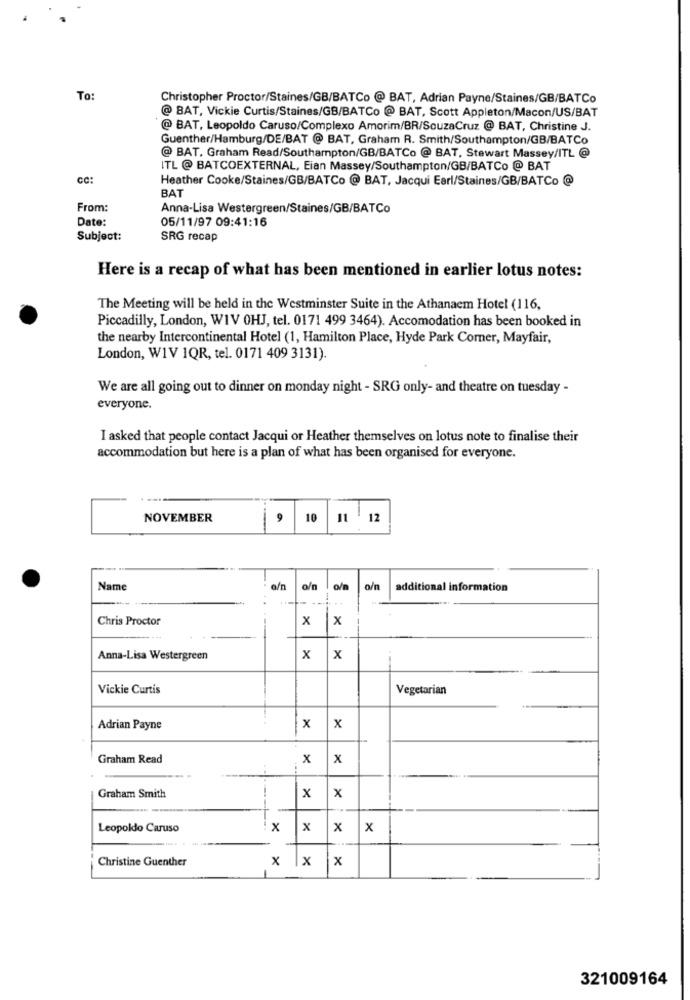
To:
Christopher Proctor/Staines/GB/BATCo @ BAT, Adrian Payne/Staines/GB/BATCo
@ BAT, Vickie Curtis/Staines/GB/BATCo @ BAT, Scott Appleton/Macon/US/BAT
@ BAT, Leopoldo Caruso/Complexo Amorim/BR/SouzaCruz @ BAT, Christine J.
Guenther/Hamburg/DE/BAT @ BAT, Graham R. Smith/Southampton/GB/BATCo
@ BAT, Graham Read/Southampton/GB/BATCo @ BAT, Stewart Massey/ITL @
ITL @ BATCOEXTERNAL, Eian Massey/Southampton/GB/BATCo @ BAT
CC:
Heather Cooke/Staines/GB/BATCo @ BAT, Jacqui Earl/Staines/GB/BATCo @
BAT
From:
Anna-Lisa Westergreen/Staines/GB/BATCo
Date:
05/11/97 09:41:16
Subject:
SRG recap
Here is a recap of what has been mentioned in earlier lotus notes:
The Meeting will be held in the Westminster Suite in the Athanaem Hotel (116,
Piccadilly, London, WIV OHJ, tel. 0171 499 3464). Accomodation has been booked in
the nearby Intercontinental Hotel (1, Hamilton Place, Hyde Park Comer, Mayfair,
London, W1V 1QR, tel. 0171 409 3131).
We are all going out to dinner on monday night - SRG only- and theatre on tuesday -
everyone.
I asked that people contact Jacqui or Heather themselves on lotus note to finalise their
accommodation but here is a plan of what has been organised for everyone.
NOVEMBER
9
10
11 12
Name
a/n
o/n
o/n
o/n
additional information
Chris Proctor
x
: X
Anna-Lisa Westergreen
x
x
Vickie Curtis
Vegetarian
Adrian Payne
x
x
Graham Read
x
x
Graham Smith
x
x
Leopoldo Caruso
x
x
x
x
Christine Guenther
x Ix
x
321009164